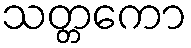
သတ္တကော